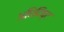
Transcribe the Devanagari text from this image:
अधिदिष्ट